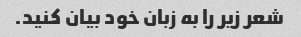
شعر زیر را به زبان خود بیان کنید.